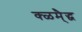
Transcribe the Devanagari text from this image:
क्ळम्ैद्ध